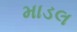
માડલ